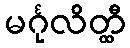
မင်္ဂုလိတ္ထီ